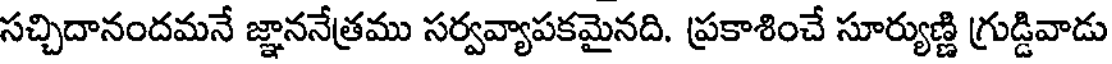
సచ్చిదానందమనే జ్ఞాననేత్రము సర్వవ్యాపకమైనది. ప్రకాశించే సూర్యుణ్ణి గ్రుడ్డివాడు